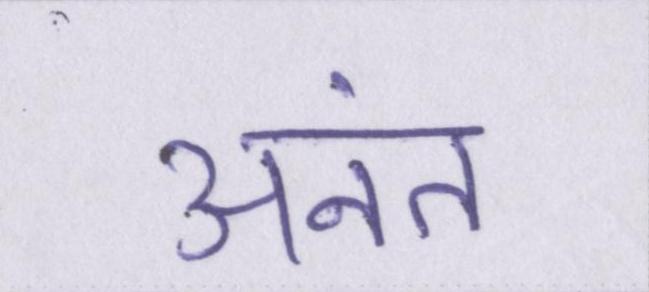
अनंत